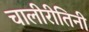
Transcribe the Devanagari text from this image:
चालीरीतिनी